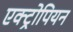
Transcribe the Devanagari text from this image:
एक्ट्रोपियन